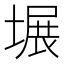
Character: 𪤍